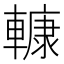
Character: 𨎍